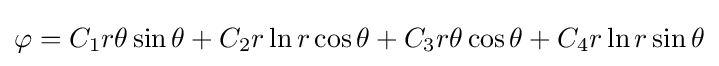
\varphi =C_{1}r\theta \sin \theta +C_{2}r\ln r\cos \theta +C_{3}r\theta \cos \theta +C_{4}r\ln r\sin \theta